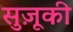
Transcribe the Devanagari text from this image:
सुज़ूकी